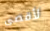
لأقصى